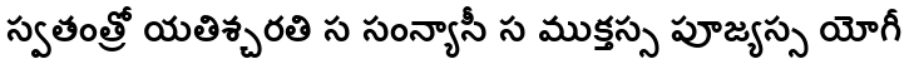
స్వతంత్రో యతిశ్చరతి స సంన్యాసీ స ముక్తస్స పూజ్యస్స యోగీ